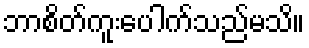
ဘာစိတ်ကူးပေါက်သည်မသိ။